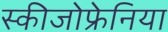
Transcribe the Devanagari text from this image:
स्कीजोफ्रेनिया